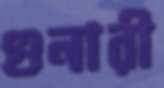
গুনারী